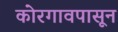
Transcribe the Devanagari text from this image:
कोरगावपासून